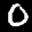
Label: 0